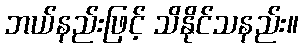
ဘယ်နည်းဖြင့် သိနိုင်သနည်း။